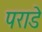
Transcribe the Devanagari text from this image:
पराडे